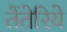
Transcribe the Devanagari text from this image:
तेंतेरिये